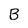
Character: B